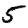
Digit: 5